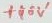
Text: +40V